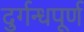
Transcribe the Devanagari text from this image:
दुर्गन्धपूर्ण